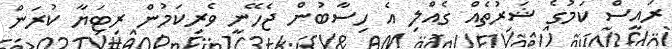
ރައީސް ކަމުގެ ޝަރުތެއް ގެއްލި އެ ހިސާބުން ޖެހޭނީ ވެރިކަމުން ރިޓަޔާ ކުރަން